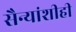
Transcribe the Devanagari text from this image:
सैन्यांशीही